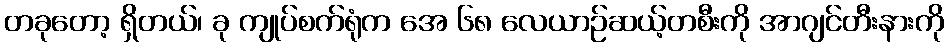
တခုတော့ ရှိတယ်၊ ခု ကျုပ်စက်ရုံက အေ ၆၈ လေယာဉ်ဆယ့်တစီးကို အာဂျင်တီးနားကို